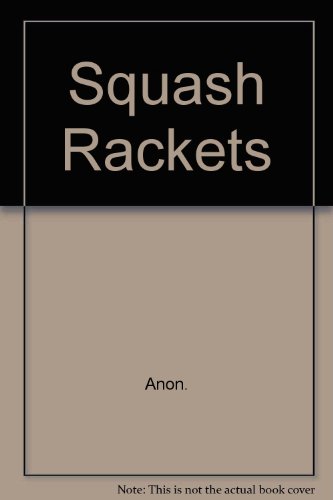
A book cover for Squash Rackets (Know the Game); Squash Rackets Association; Sports & Outdoors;